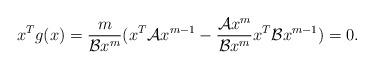
LaTeX: \begin{align*}x^Tg(x)=\frac{m}{\mathcal{B}x^m}(x^T\mathcal{A}x^{m-1}-\frac{\mathcal{A}x^m}{\mathcal{B}x^m}x^T\mathcal{B}x^{m-1})=0.\end{align*}